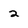
Character: 2